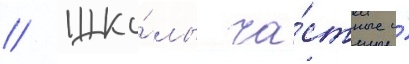
// Шко́лы ча́стные и́